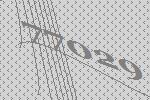
77029